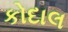
કોદાલ